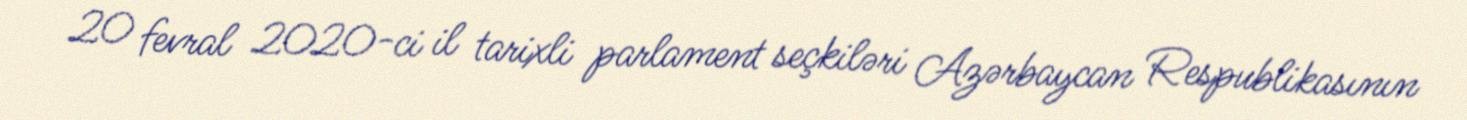
20 fevral 2020-ci il tarixli parlament seçkiləri Azərbaycan Respublikasının